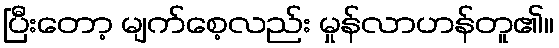
ပြီးတော့ မျက်စေ့လည်း မှုန်လာဟန်တူ၏။